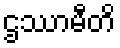
ဌဿာမီတိ